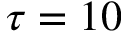
\tau = 1 0